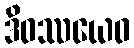
ဒိဝဿယေဝ